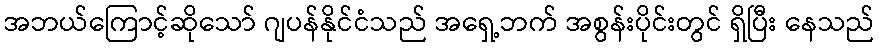
အဘယ်ကြောင့်ဆိုသော် ဂျပန်နိုင်ငံသည် အရှေ့ဘက် အစွန်းပိုင်းတွင် ရှိပြီး နေသည်